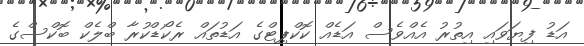
އަޑު ފިޔަވައި އިތުރު އެއްވެސް އަޑެއް ކޮކްޕިޓްގެ އަޑުތައް ރެކޯޑްކުރާ ބްލެކް ބޮކްސްގެ